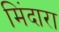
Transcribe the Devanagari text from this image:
मिंदारा